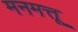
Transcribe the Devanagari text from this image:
मनमत्तू